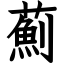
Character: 薊